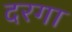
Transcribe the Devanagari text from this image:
दरगा